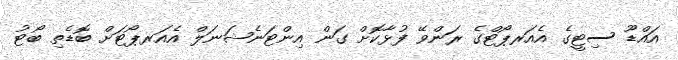
އައްޑޫ ސިޓީގެ އެއަރޕޯޓްގެ ރަންވޭ ފުޅާކޮށް ގަން އިންޓަނެޝަނަލް އެއަރޕޯޓަށް ބޮޑެތި ބޯޓު